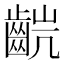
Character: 𫜥